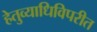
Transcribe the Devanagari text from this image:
हेतुव्याधिविपरीत